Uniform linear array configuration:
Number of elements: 64
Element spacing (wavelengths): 0.25
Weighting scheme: binomial
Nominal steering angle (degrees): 15
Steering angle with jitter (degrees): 16.107
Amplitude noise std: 0.05
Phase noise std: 0.05

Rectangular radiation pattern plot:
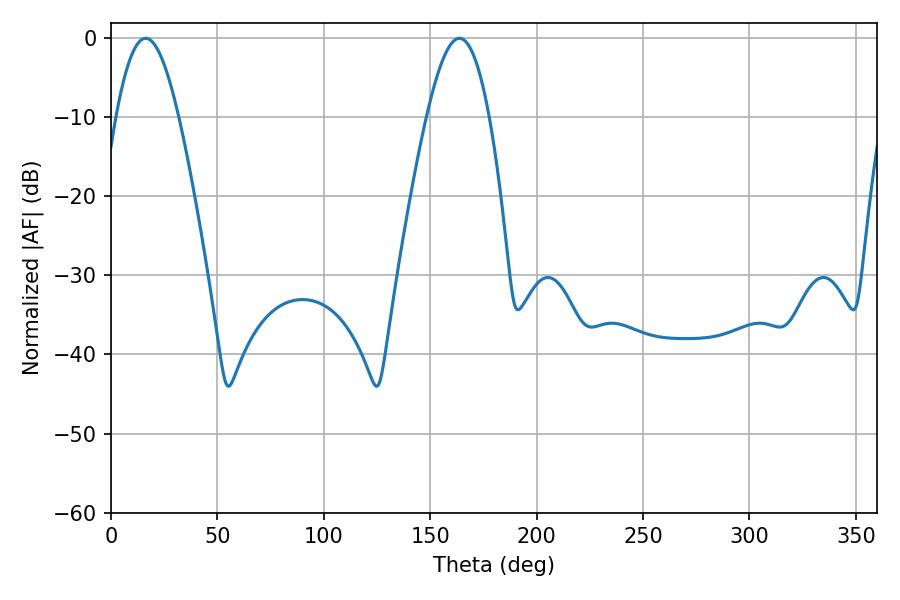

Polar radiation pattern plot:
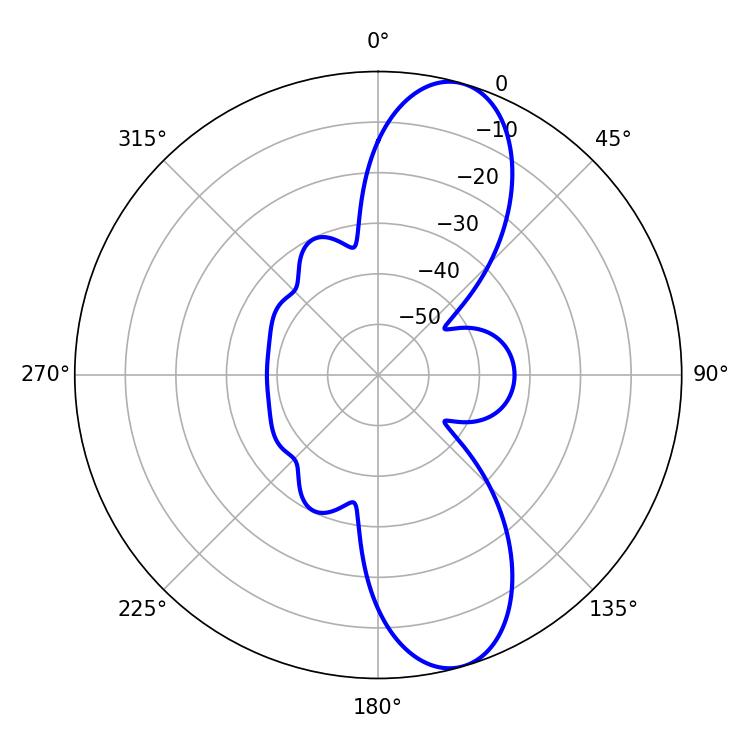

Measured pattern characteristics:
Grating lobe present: FALSE
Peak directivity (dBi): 10.652
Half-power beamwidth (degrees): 16.02
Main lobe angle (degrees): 16.2